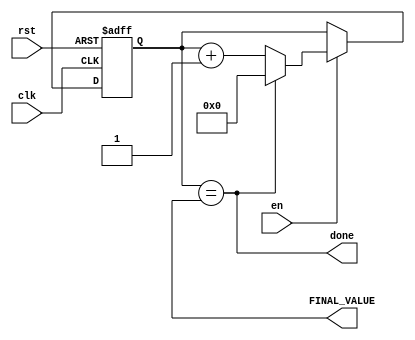
//Baud Rate Generator:
`timescale 1ns / 1ps

module timer_input #(parameter BITS = 4)(
    input clk,
    input rst,
    input en,
    output [BITS - 1:0] FINAL_VALUE,
    output done
    );
    
reg [BITS - 1:0] Q_reg, Q_next;

always @ (posedge clk, posedge rst)
begin
    if (rst)
        Q_reg <= 'b0;
    else if(en)
        Q_reg <= Q_next;
    else
        Q_reg <= Q_reg;
end    

assign done = Q_reg == FINAL_VALUE;

always @(clk or en or rst)
    Q_next = done? 'b0: Q_reg + 1;
      
    
endmodule